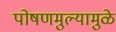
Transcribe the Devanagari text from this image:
पोषणमुल्यामुळे